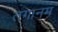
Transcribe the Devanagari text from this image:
तगानम